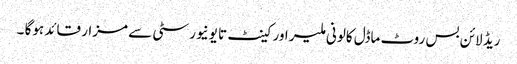
ریڈ لائن بس روٹ ماڈل کالونی ملیر اور کینٹ تا یونیورسٹی سے مزار قائد ہوگا ۔